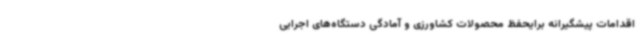
اقدامات پیشگیرانه برایحفظ محصولات کشاورزی و آمادگی دستگاه‌های اجرایی